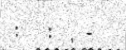
:   :